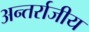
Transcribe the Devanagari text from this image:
अन्तर्राजीय